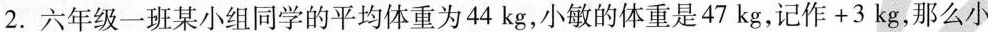
2.六年级一班某小组同学的平均体重为44kg，小敏的体重是47kg，记作+3kg，那么小